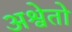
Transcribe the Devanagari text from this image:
अश्वेतो